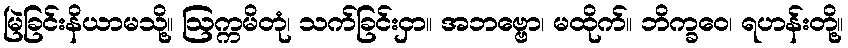
မြဲခြင်းနိယာမသို့။ ဩက္ကမိတုံ၊ သက်ခြင်းငှာ။ အဘဗ္ဗော၊ မထိုက်။ ဘိက္ခဝေ၊ ရဟန်းတို့။